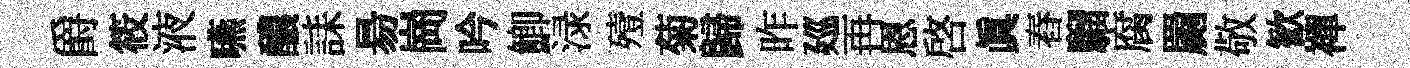
爵筱液嚥醲誄昜崗吟鯽渌殪菊歸昨廵再恩啓真舂騮腐罽敬歓襌